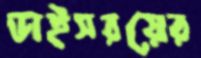
ভাইসরয়ের